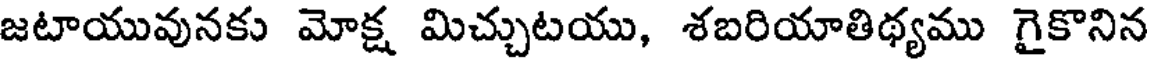
జటాయువునకు మోక్ష మిచ్చుటయు, శబరియాతిథ్యము గైకొనిన